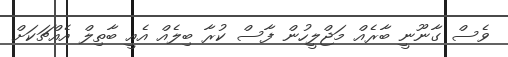
ވެސް ގާނޫނީ ބާރެއް މަޖްލީހުން ފާސް ކުރާ ބިލެއް އެއީ ބާތިލް އެއްޗަކަށް